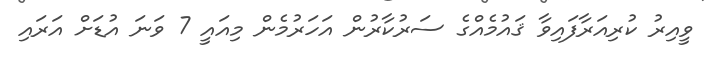
ވީއިރު ކުރިއަރާފައިވާ ޤައުމެއްގެ ސަރުކާރުން އަހަރުމެން މިއައީ 7 ވަނަ އުޑަށް އަރައި